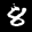
Label: 8